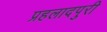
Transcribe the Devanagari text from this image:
प्रहलादपुरी